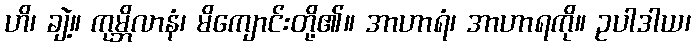
ဟိ၊ ချဲ့။ ကုမ္ဘိလာနံ၊ မိကျောင်းတို့၏။ အာဟာရံ၊ အာဟာရကို။ ဥပါဒါယ၊